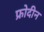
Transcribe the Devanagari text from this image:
फ्रोदीन